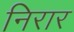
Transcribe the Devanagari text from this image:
निरार